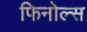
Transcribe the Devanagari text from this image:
फिनोल्स